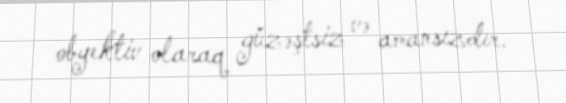
obyektiv olaraq güzəştsiz və amansızdır.